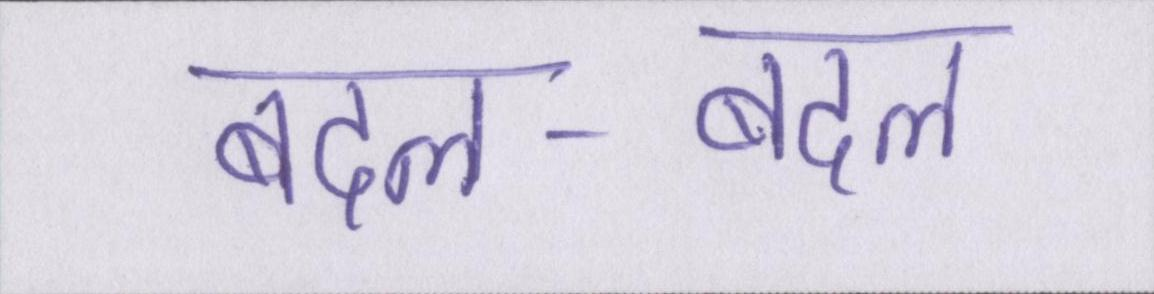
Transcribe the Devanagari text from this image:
बदल-बदल